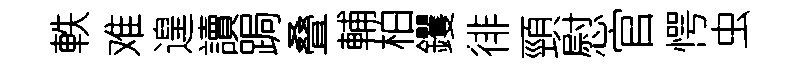
軼难遑讀跼叠輔柏钁徘頸慰官愕虫